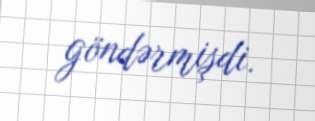
göndərmişdi.